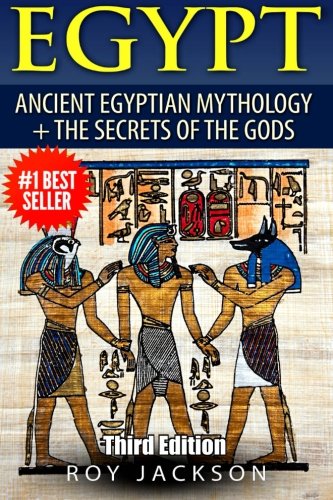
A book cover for Egypt: Egyptian Mythology and The Secrets Of The Gods; Roy Jackson; Children's Books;